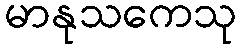
မာနုသကေသု